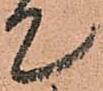
て